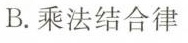
.乘法结合律